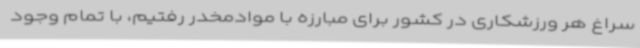
سراغ هر ورزشکاری در کشور برای مبارزه با موادمخدر رفتیم، با تمام وجود